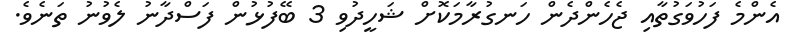
އެންމެ ފަހުވަގުތާއި ޖެހެންދެން ހަނގުރާމަކޮށް ޝަހީދުވި 3 ބޭފުޅުން ފަސްދާނު ލެވުނު ތަނެވެ.